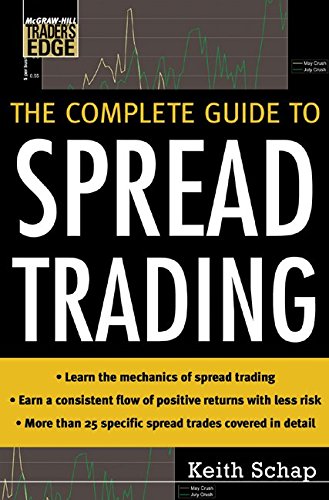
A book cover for The Complete Guide to Spread Trading (McGraw-Hill TraderÃ¢(TM)s Edge Series); Keith Schap; Business & Money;